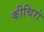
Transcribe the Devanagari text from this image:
कीचिरो